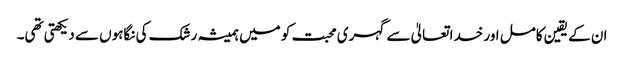
ان کے یقین کامل اور خدا تعالیٰ سے گہری محبت کو میں ہمیشہ رشک کی نگاہوں سے دیکھتی تھی۔